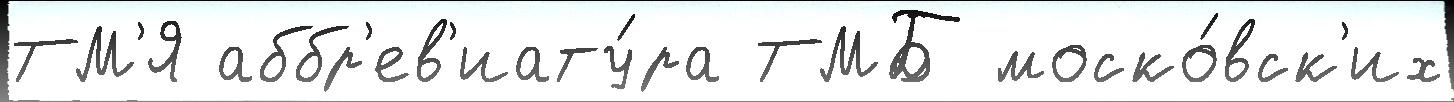
ТМ'Я аббр'ев'иату́ра ТМБ моско́вск'их